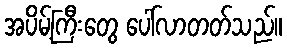
အပိမ့်ကြီးတွေ ပေါ်လာတတ်သည်။